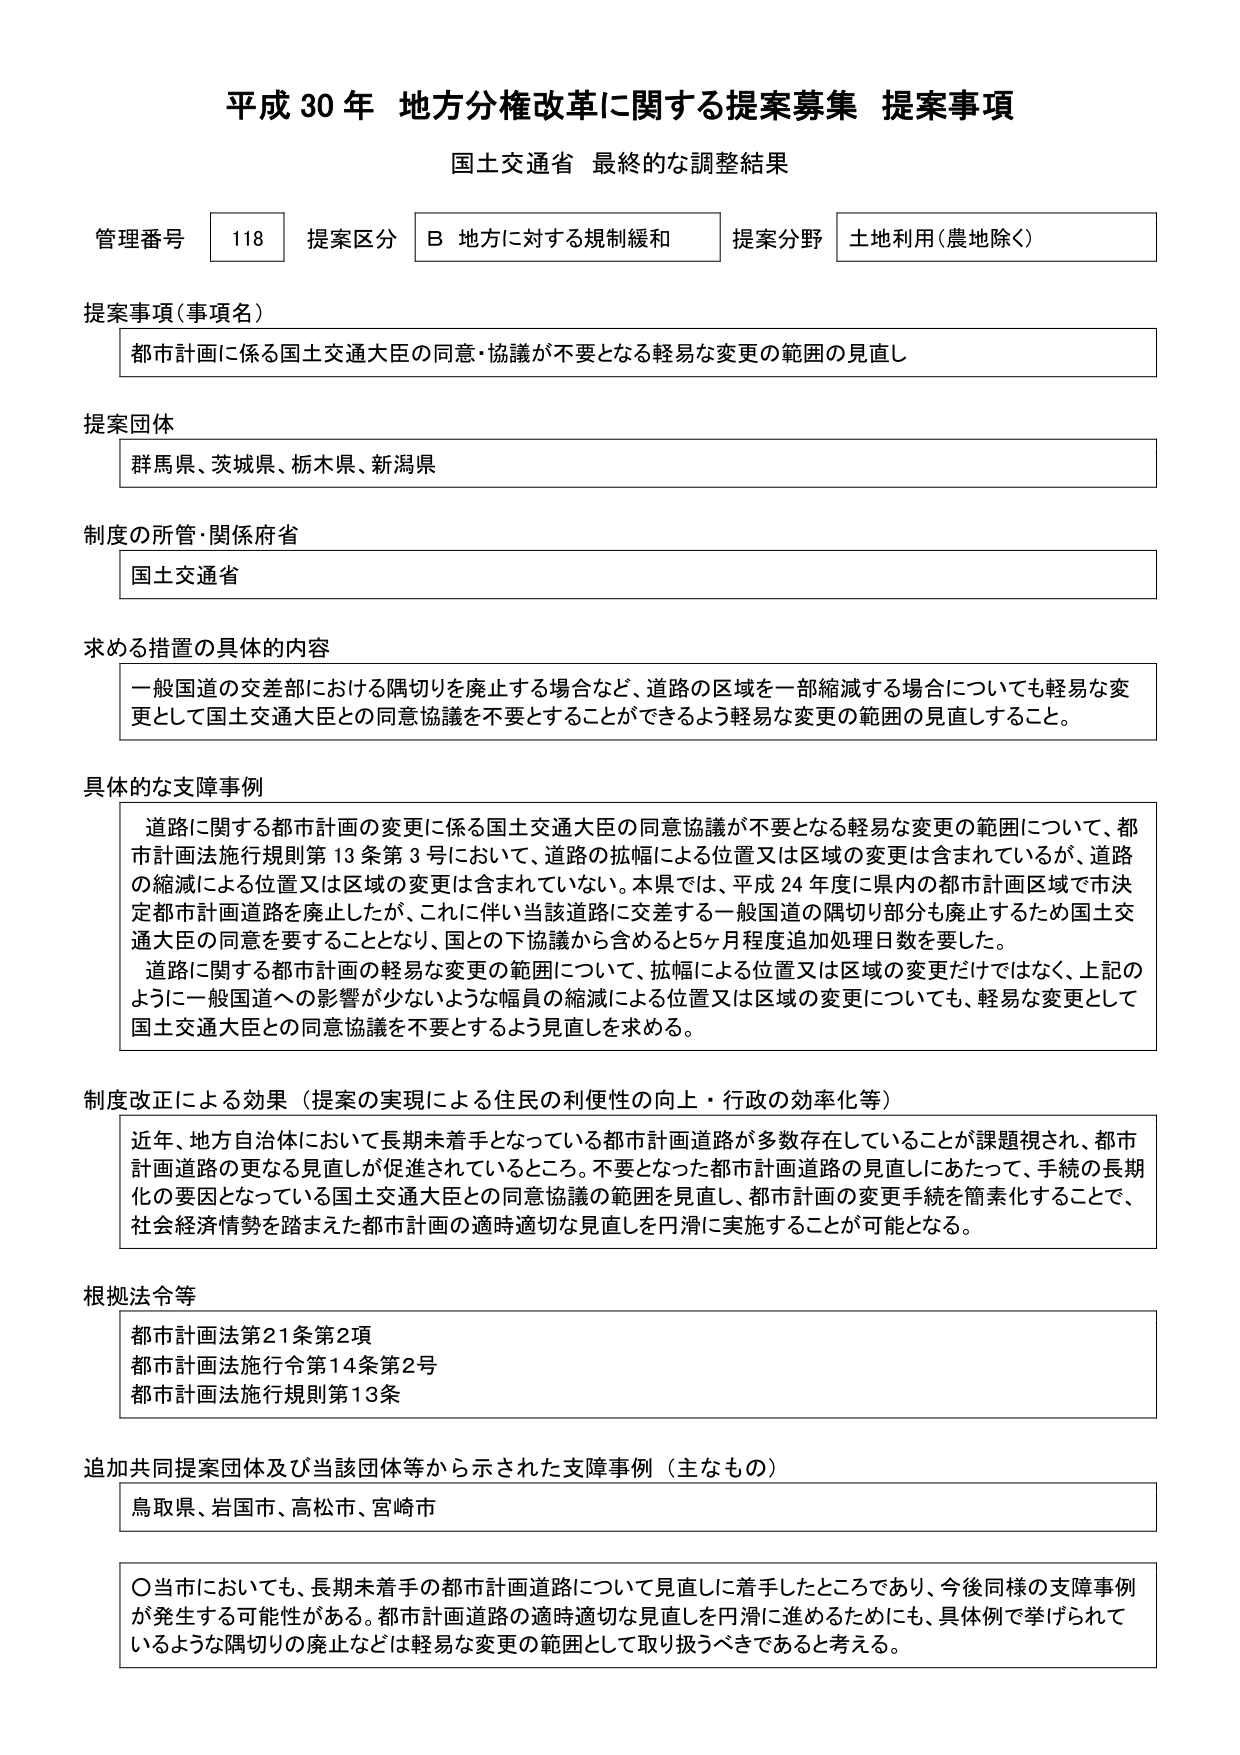
平成30年 地方分権改革に関する提案募集 提案事項
国土交通省 最終的な調整結果

管理番号 118 提案区分 B 地方に対する規制緩和 提案分野 土地利用（農地除く）

提案事項（事項名）
都市計画に係る国土交通大臣の同意・協議が不要となる軽易な変更の範囲の見直し

提案団体
群馬県、茨城県、栃木県、新潟県

制度の所管・関係府省
国土交通省

求める措置の具体的内容
一般国道の交差部における隅切りを廃止する場合など、道路の区域を一部縮減する場合についても軽易な変更として国土交通大臣との同意協議を不要とすることができるよう軽易な変更の範囲の見直しすること。

具体的な支障事例
道路に関する都市計画の変更に係る国土交通大臣の同意協議が不要となる軽易な変更の範囲について、都市計画法施行規則第13条第3号において、道路の拡幅による位置又は区域の変更は含まれているが、道路の縮減による位置又は区域の変更は含まれていない。本県では、平成24年度に県内の都市計画区域で市決定都市計画道路を廃止したが、これに伴い当該道路に交差する一般国道の隅切り部分も廃止するため国土交通大臣の同意を要することとなり、国との下協議から含めると5ヶ月程度追加処理日数を要した。
道路に関する都市計画の軽易な変更の範囲について、拡幅による位置又は区域の変更だけではなく、上記のように一般国道への影響が少ないような幅員の縮減による位置又は区域の変更についても、軽易な変更として国土交通大臣との同意協議を不要とするよう見直しを求める。

制度改正による効果（提案の実現による住民の利便性の向上・行政の効率化等）
近年、地方自治体において長期未着手となっている都市計画道路が多数存在していることが課題視され、都市計画道路の更なる見直しが促進されているところ。不要となった都市計画道路の見直しにあたって、手続の長期化の要因となっている国土交通大臣との同意協議の範囲を見直し、都市計画の変更手続を簡素化することで、社会経済情勢を踏まえた都市計画の適時適切な見直しを円滑に実施することが可能となる。

根拠法令等
都市計画法第21条第2項
都市計画法施行令第14条第2号
都市計画法施行規則第13条

追加共同提案団体及び当該団体等から示された支障事例（主なもの）
鳥取県、岩国市、高松市、宮崎市

〇当市においても、長期未着手の都市計画道路について見直しに着手したところであり、今後同様の支障事例が発生する可能性がある。都市計画道路の適時適切な見直しを円滑に進めるためにも、具体例で挙げられているような隅切りの廃止などは軽易な変更の範囲として取り扱うべきであると考える。